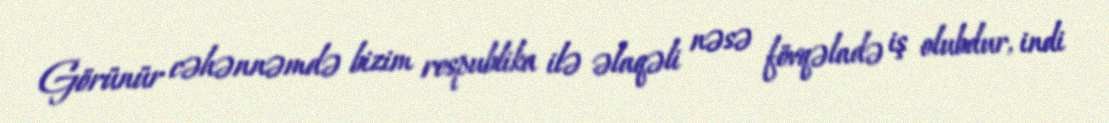
Görünür cəhənnəmdə bizim respublika ilə əlaqəli nəsə fövqəladə iş olubdur, indi